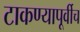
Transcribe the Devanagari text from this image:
टाकण्यापूर्वीच